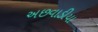
અછવાડીયા